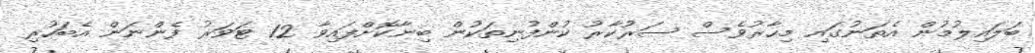
ބަލައިލުމުން އެތަނުގައި މިހާރުވެސް ސަރުކާރު ކުންފުނިތަކުން ބިނާކޮށްފައިވާ 12 ޓަވަރު ފެންނަން އެބަހުރި